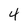
Character: 4